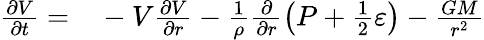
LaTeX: \begin{array}{rl}{\frac{\partial V}{\partial t}=}&{{}-V\frac{\partial V}{\partial r}-\frac{1}{\rho}\frac{\partial}{\partial r}\left(P+\frac{1}{2}\varepsilon\right)-\frac{GM}{r^{2}}}\end{array}